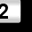
Digit: 2